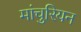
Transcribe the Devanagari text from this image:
मांचुरियन